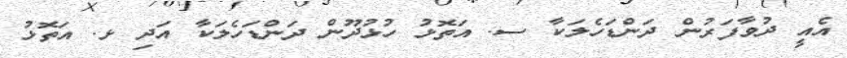
އެއީ ދުވާފަރުން ދަންޑަހެލަކާ ސ. އަތޮޅު ހުޅުދޫން ދަންޑަހެލަކާ އަދި ޅ. އަތޮޅު